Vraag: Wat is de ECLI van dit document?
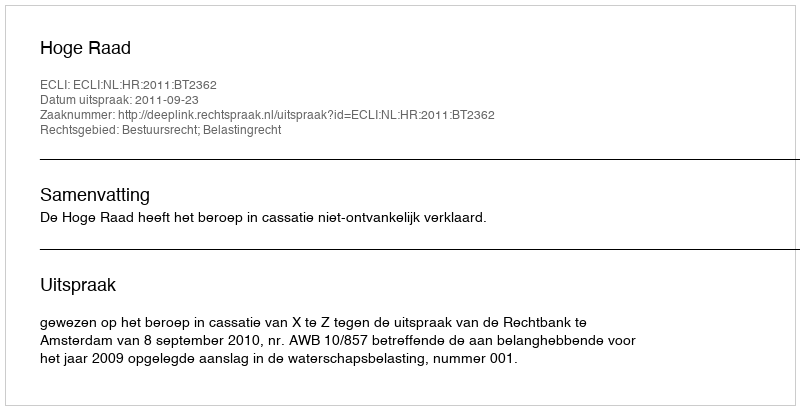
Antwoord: ECLI:NL:HR:2011:BT2362